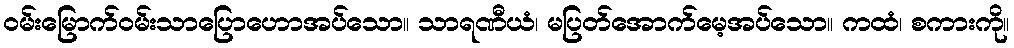
ဝမ်းမြောက်ဝမ်းသာပြောဟောအပ်သော။ သာရဏီယံ၊ မပြတ်အောက်မေ့အပ်သော။ ကထံ၊ စကားကို။